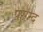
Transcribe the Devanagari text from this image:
पसम्द